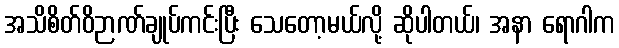
အသိစိတ်ဝိဉာဏ်ချုပ်ကင်းပြီး သေတော့မယ်လို့ ဆိုပါတယ်၊ အနာ ရောဂါက